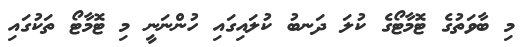
މި ބާވަތުގެ ޓޮމާޓޯގެ ކުލަ ދަނބު ކުލައިގައި ހުންނަނީ މި ޓޮމާޓޯ ތަކުގައި